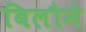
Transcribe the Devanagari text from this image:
बिलौने